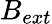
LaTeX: B_{ext}